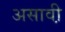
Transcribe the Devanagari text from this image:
असावी़